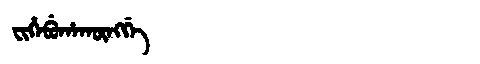
Manchu: ᠸᡳᡥᡝᠪᡠᡥᠠᡴᡡᠩᡤᡝ
Romanization: FIHEBUHAKŪNGGE